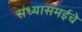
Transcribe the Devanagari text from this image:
संध्यासमईचे